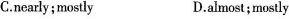
C.nearly; mostly D.almost;mostly